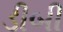
ડીબી